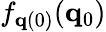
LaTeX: f_{{\mathbf q}(0)}({\mathbf q}_{0})